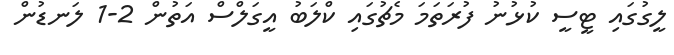
ލީގުގައި ޓީސީ ކުޅުނު ފުރަތަމަ މެޗުގައި ކްލަބު އީގަލްސް އަތުން 2-1 ލަނޑުން